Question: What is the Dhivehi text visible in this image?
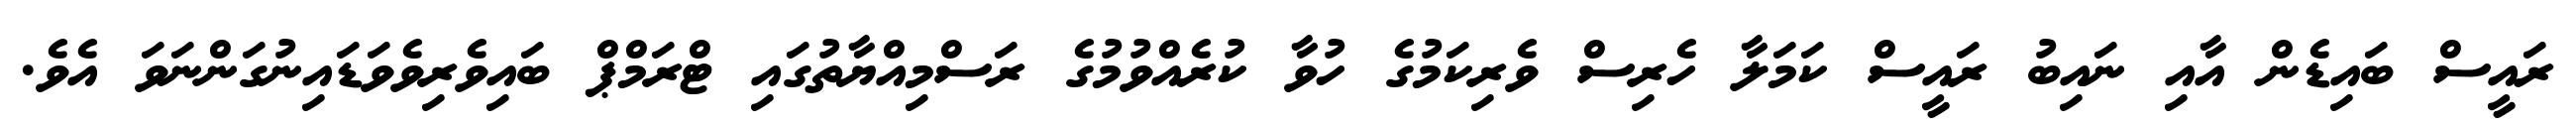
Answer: ރައީސް ބައިޑެން އާއި ނައިބު ރައީސް ކަމަލާ ހެރިސް ވެރިކަމުގެ ހުވާ ކުރެއްވުމުގެ ރަސްމިއްޔާތުގައި ޓްރަމްޕް ބައިވެރިވެވަޑައިނުގަންނަވަ އެވެ.